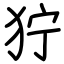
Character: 狞